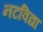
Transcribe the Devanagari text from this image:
नटविद्या